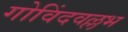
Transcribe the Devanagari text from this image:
गोविंदवल्लभ